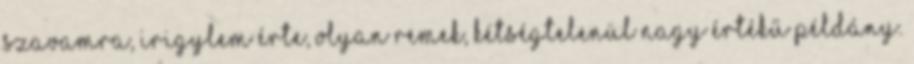
Szavamra, irigylem érte, olyan remek, kétségtelenül nagy értékű példány.